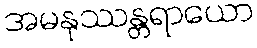
အမနုဿန္တရာယော